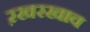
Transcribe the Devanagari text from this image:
ऱखरखाव